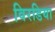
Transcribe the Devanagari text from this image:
विरडिया